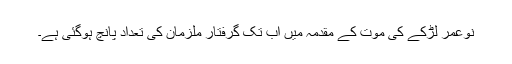
نوعمر لڑکے کی موت کے مقدمہ میں اب تک گرفتار ملزمان کی تعداد پانچ ہوگئی ہے۔